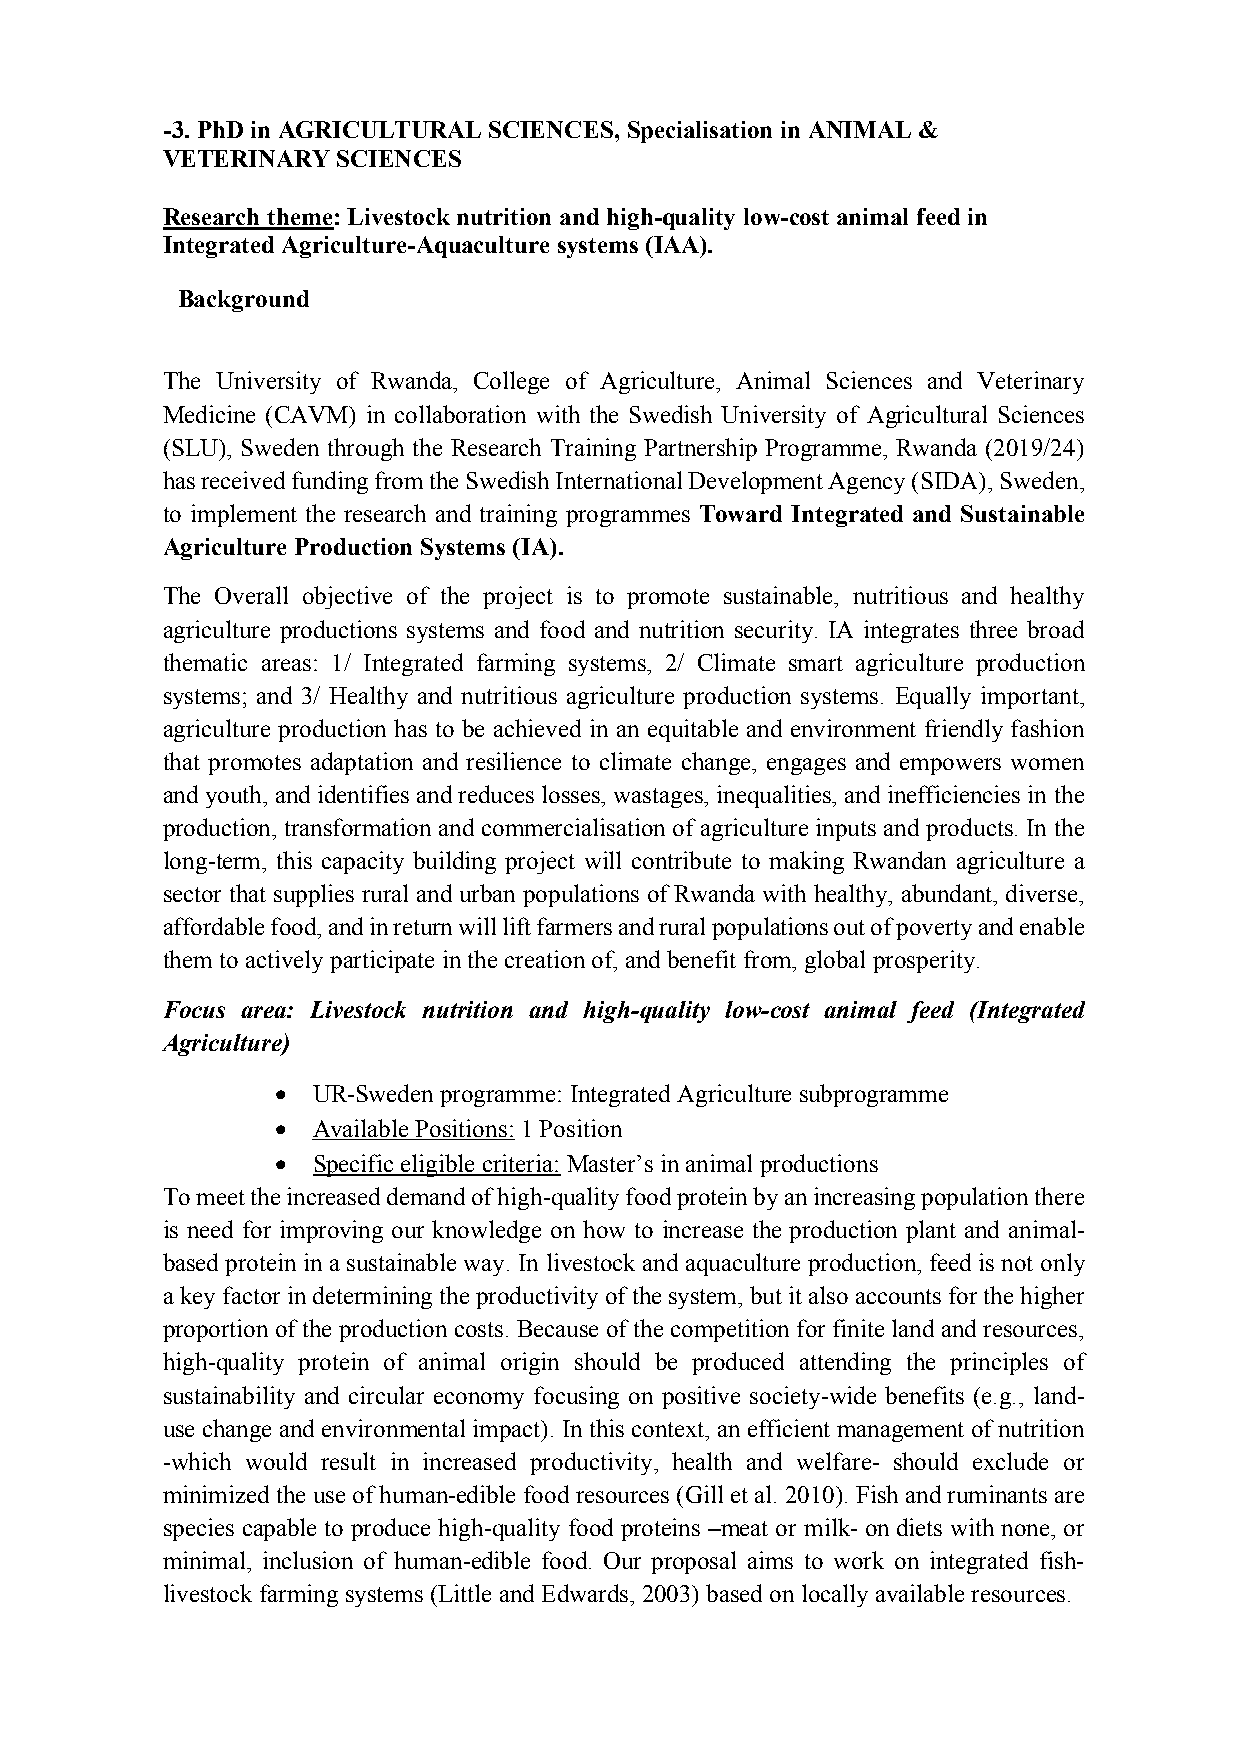
-3. PhD in AGRICULTURAL SCIENCES, Specialisation in ANIMAL &
 VETERINARY SCIENCES
 Research theme: Livestock nutrition and high-quality low-cost animal feed in
 Integrated Agriculture-Aquaculture systems (IAA).
 Background
 The University of Rwanda, College of Agriculture, Animal Sciences and Veterinary
 Medicine (CAVM) in collaboration with the Swedish University of Agricultural Sciences
 (SLU), Sweden through the Research Training Partnership Programme, Rwanda (2019/24)
 has received funding from the Swedish International Development Agency (SIDA), Sweden,
 to implement the research and training programmes Toward Integrated and Sustainable
 Agriculture Production Systems (IA).
 The Overall objective of the project is to promote sustainable, nutritious and healthy
 agriculture productions systems and food and nutrition security. IA integrates three broad
 thematic areas: 1/ Integrated farming systems, 2/ Climate smart agriculture production
 systems; and 3/ Healthy and nutritious agriculture production systems. Equally important,
 agriculture production has to be achieved in an equitable and environment friendly fashion
 that promotes adaptation and resilience to climate change, engages and empowers women
 and youth, and identifies and reduces losses, wastages, inequalities, and inefficiencies in the
 production, transformation and commercialisation of agriculture inputs and products. In the
 long-term, this capacity building project will contribute to making Rwandan agriculture a
 sector that supplies rural and urban populations of Rwanda with healthy, abundant, diverse,
 affordable food, and in return will lift farmers and rural populations out of poverty and enable
 them to actively participate in the creation of, and benefit from, global prosperity.
 Focus area: Livestock nutrition and high-quality low-cost animal feed (Integrated
 Agriculture)
 •  UR-Sweden programme: Integrated Agriculture subprogramme
 •  Available Positions: 1 Position
 •  Specific eligible criteria: Master’s in animal productions
 To meet the increased demand of high-quality food protein by an increasing population there
 is need for improving our knowledge on how to increase the production plant and animal-
 based protein in a sustainable way. In livestock and aquaculture production, feed is not only
 a key factor in determining the productivity of the system, but it also accounts for the higher
 proportion of the production costs. Because of the competition for finite land and resources,
 high-quality protein of animal origin should be produced attending the principles of
 sustainability and circular economy focusing on positive society-wide benefits (e.g., land-
 use change and environmental impact). In this context, an efficient management of nutrition
 -which would result in increased productivity, health and welfare- should exclude or
 minimized the use of human-edible food resources (Gill et al. 2010). Fish and ruminants are
 species capable to produce high-quality food proteins –meat or milk- on diets with none, or
 minimal, inclusion of human-edible food. Our proposal aims to work on integrated fish-
 livestock farming systems (Little and Edwards, 2003) based on locally available resources.